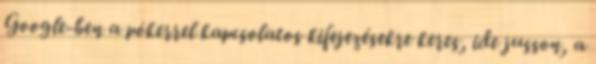
Google-ben a pókerrel kapcsolatos kifejezésekre keres, ide jusson, a